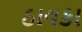
ઠાવકા